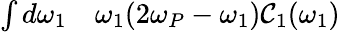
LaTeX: \begin{array}{rl}{\int d\omega_{1}}&{{}\omega_{1}(2\omega_{P}-\omega_{1})\mathcal{C}_{1}(\omega_{1})}\end{array}